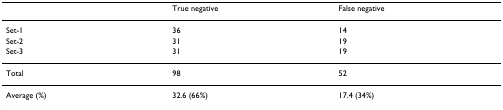
<table><thead><tr><td></td><td><b>True negative</b></td><td><b>False negative</b></td></tr></thead><tbody><tr><td>Set-1</td><td>36</td><td>14</td></tr><tr><td>Set-2</td><td>31</td><td>19</td></tr><tr><td>Set-3</td><td>31</td><td>19</td></tr><tr><td>Total</td><td>98</td><td>52</td></tr><tr><td>Average (%)</td><td>32.6 (66%)</td><td>17.4 (34%)</td></tr></tbody></table>